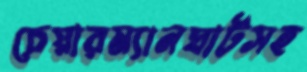
চেয়ারম্যানঘাটসহ